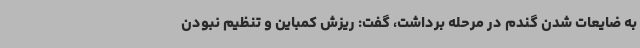
به ضایعات شدن گندم در مرحله برداشت، گفت: ریزش کمباین و تنظیم نبودن